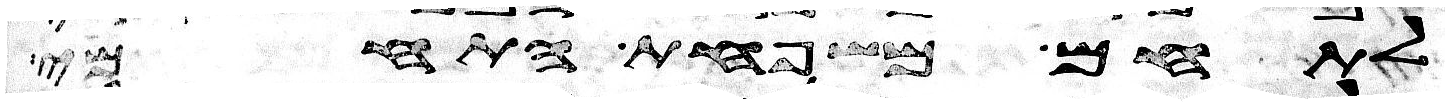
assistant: לתחם משפחת התחמי